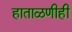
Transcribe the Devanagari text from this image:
हाताळणीही